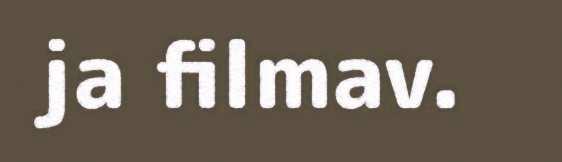
ja filmav.